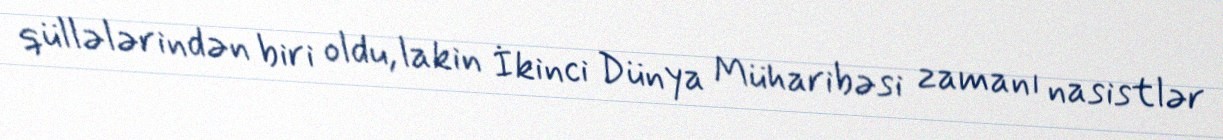
qüllələrindən biri oldu, lakin İkinci Dünya Müharibəsi zamanı nasistlər